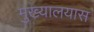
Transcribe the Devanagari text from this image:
मुख्यालयास